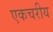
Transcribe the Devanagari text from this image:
एकचरीय